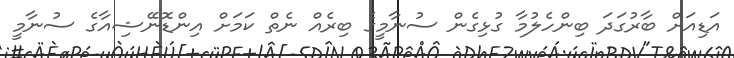
އަޑިއަށް ބާރުގަދަ ބިންހެލުމާ ގުޅިގެން ސުނާމީގެ ބިރެއް ނެތް ކަމަށް އިންޑޮނޭޝިއާގެ ސުނާމީ